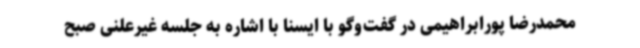
محمدرضا پورابراهیمی در گفت‌وگو با ایسنا با اشاره به جلسه غیرعلنی صبح